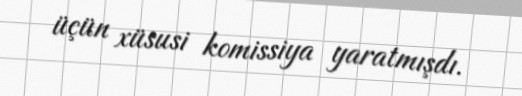
üçün xüsusi komissiya yaratmışdı.